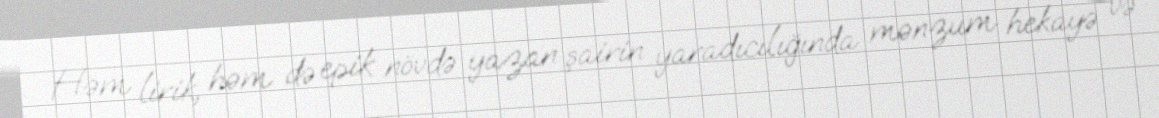
Həm lirik, həm də epik növdə yazan şairin yaradıcılığında mənzum hekayə və